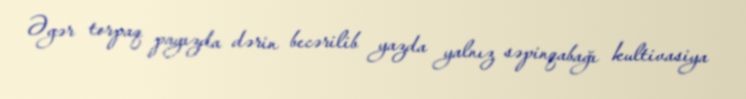
Əgər torpaq payızda dərin becərilib yazda yalnız səpinqabağı kultivasiya